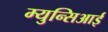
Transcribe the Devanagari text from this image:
म्युन्सिआई